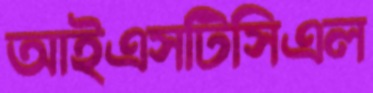
আইএসটিসিএল